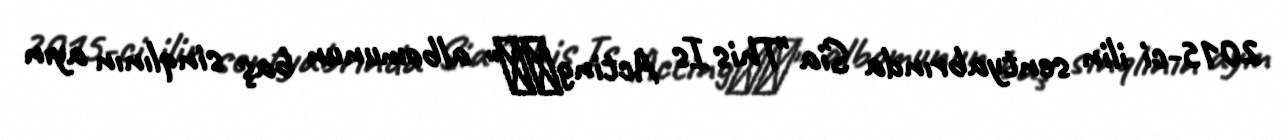
2015-ci ilin sentyabrında Sia "This Is Acting‍‍" albomunun baş sinqlının ayın